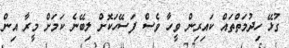
ގުޅޭ ހިދުމަތްތައް ކައިރިން ވީހާ ވެސް ފަސޭހަކޮށް ލިބޭނެ ކަމަށް މީރާ އިން